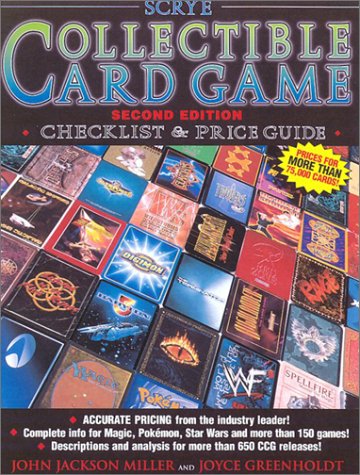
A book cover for Scrye Collectible Card Game Checklist & Price Guide (Scrye Collectible Card Games Checklist and Price Guide); John Jackson Miller; Science Fiction & Fantasy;